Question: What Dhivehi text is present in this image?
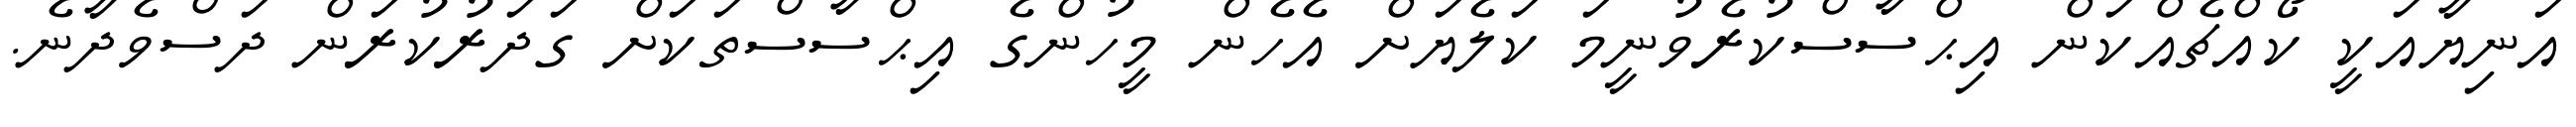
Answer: އަނިޔާއަކީ ކޯއްޗެއްކަން އިޙްސާސްކުރެވުނީމަ ކަލެޔަށް އެހެން މީހުންގެ އިޙްސާސްތަކަށް ގަދަރުކުރަން ދަސްވެދާނެ.